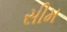
સીમ